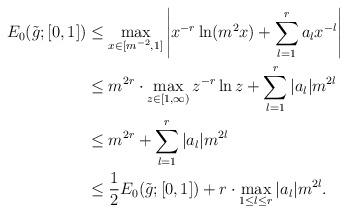
LaTeX: \begin{align*}E_{0}(\tilde{g};[0,1]) &\le \max_{x\in [m^{-2},1]}\left|x^{-r}\ln(m^2x) + \sum_{l=1}^r a_lx^{-l}\right| \\&\le m^{2r}\cdot \max_{z\in [1,\infty)}z^{-r}\ln z + \sum_{l=1}^r |a_l|m^{2l} \\&\le m^{2r} + \sum_{l=1}^r |a_l|m^{2l} \\&\le \frac{1}{2}E_{0}(\tilde{g};[0,1]) + r\cdot \max_{1\le l\le r} |a_l|m^{2l}.\end{align*}